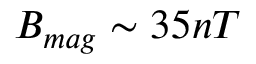
B _ { m a g } \sim 3 5 n T